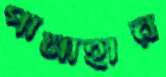
পানাহার